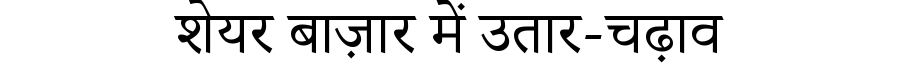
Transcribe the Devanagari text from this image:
शेयर बाज़ार में उतार-चढ़ाव